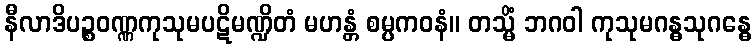
နီလာဒိပဉ္စဝဏ္ဏကုသုမပဋိမဏ္ဍိတံ မဟန္တံ စမ္ပကဝနံ။ တသ္မိံ ဘဂဝါ ကုသုမဂန္ဓသုဂန္ဓေ